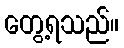
တွေ့ရသည်။